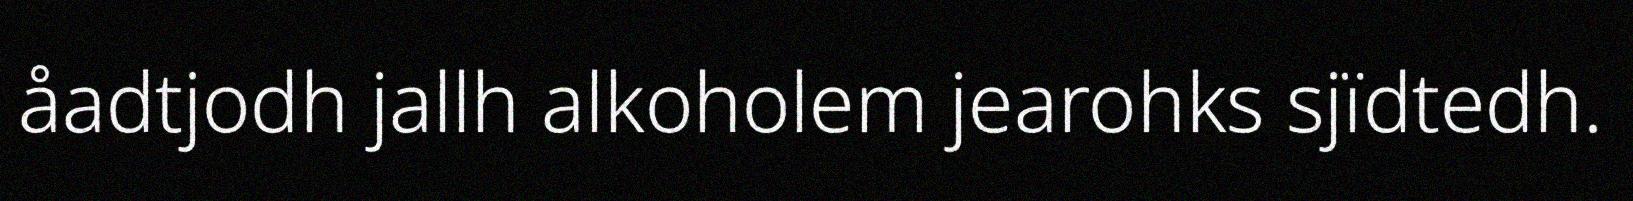
åadtjodh jallh alkoholem jearohks sjïdtedh.